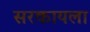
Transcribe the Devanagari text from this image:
सरकायला